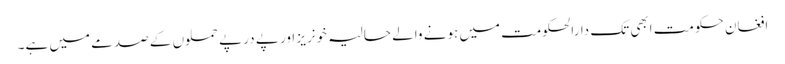
افغان حکومت ابھی تک دارالحکومت میں ہونے والے حالیہ خونریز اور پے در پے حملوں کے صدمے میں ہے۔